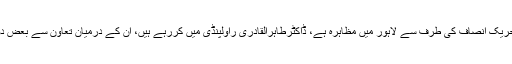
اس وقت ملک کے اندر سیاسی خلفشار ہے، کل تحریک انصاف کی طرف سے لاہور میں مظاہرہ ہے، ڈاکٹرطاہرالقادری راولپنڈی میں کررہے ہیں، ان کے درمیان تعاون سے بعض دوسری جماعتوں نے بھی شرکت کا وعدہ کیا ہے۔